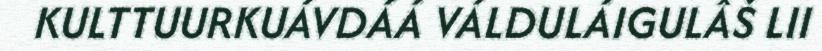
KULTTUURKUÁVDÁÁ VÁLDULÁIGULÂŠ LII